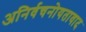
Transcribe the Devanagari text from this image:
अनिर्वचनोयतावाद